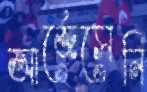
আর্জেসেনি